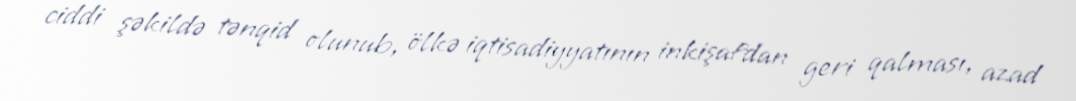
ciddi şəkildə tənqid olunub, ölkə iqtisadiyyatının inkişafdan geri qalması, azad